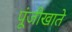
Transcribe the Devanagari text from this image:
पूंजीखाते